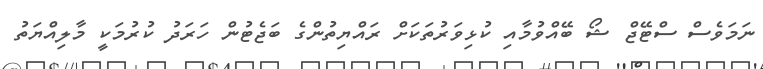
ނަމަވެސް ސްޓޭޖް ޝޯ ބޭއްވުމާއި ކުޅިވަރުތަކަށް ރައްޔިތުންގެ ބަޖެޓުން ހަރަދު ކުރުމަކީ މާލިއްޔަތު